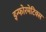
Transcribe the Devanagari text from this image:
इन्फोरमेटिक्स